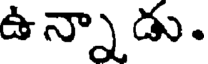
ఉన్నాడు.